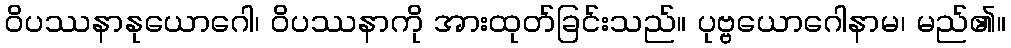
ဝိပဿနာနုယောဂေါ၊ ဝိပဿနာကို အားထုတ်ခြင်းသည်။ ပုဗ္ဗယောဂေါနာမ၊ မည်၏။